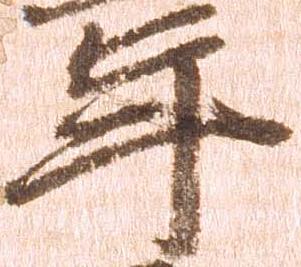
年